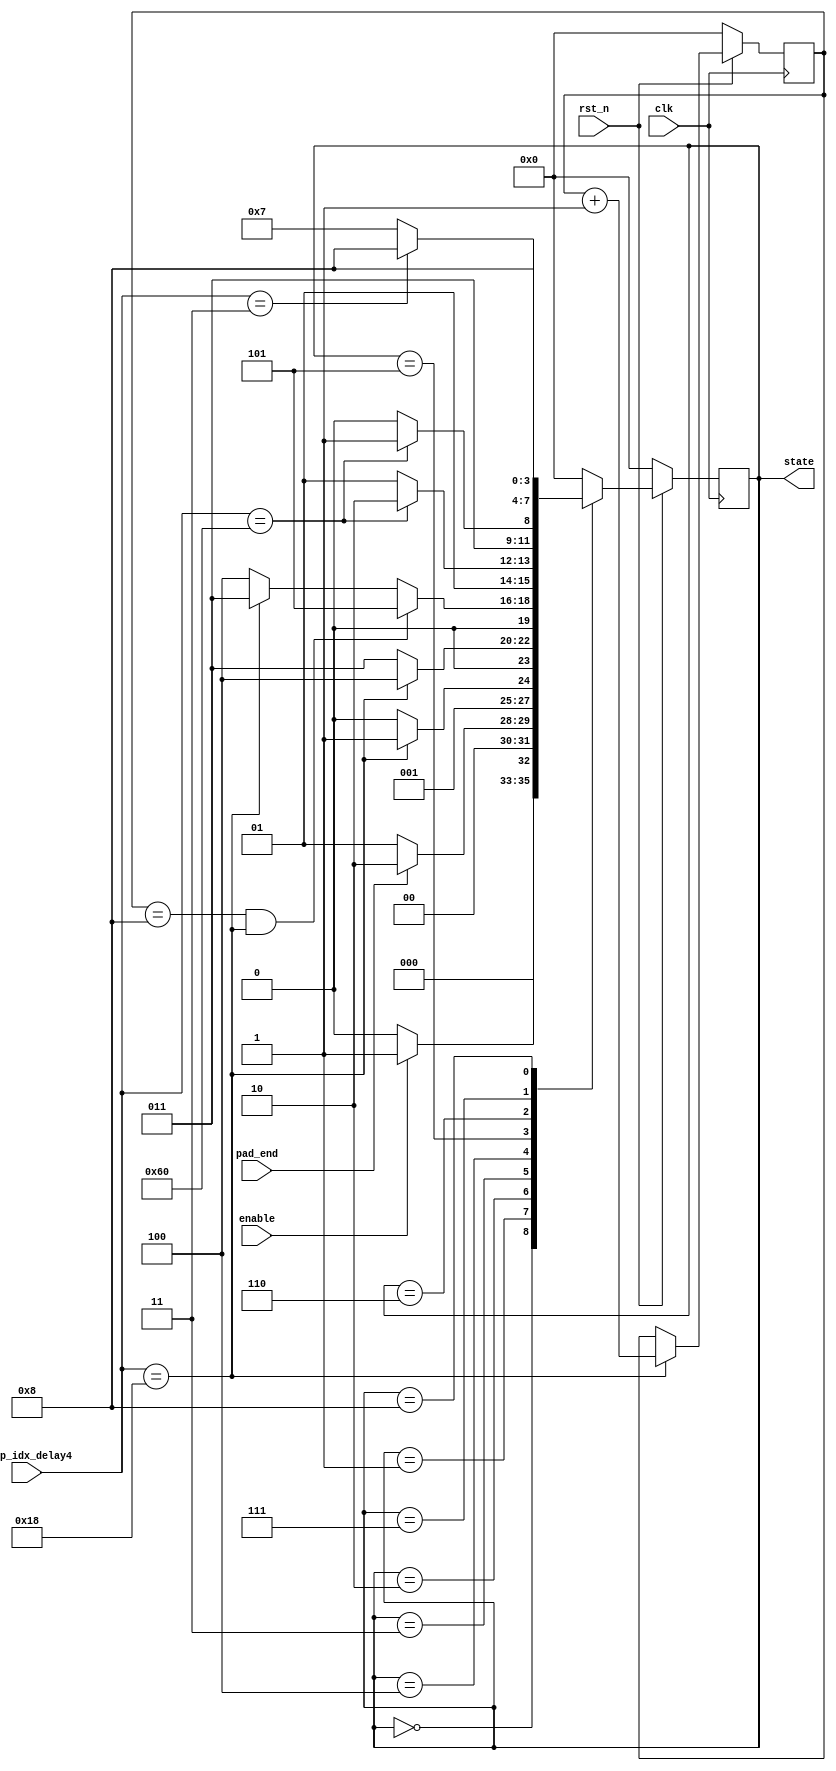
module fsm(
    input clk,
    input rst_n,
    input enable,
    input [6:0] fmap_idx_delay4,
    input pad_end,
    output reg [3:0] state
);

parameter IDLE = 0, PADDING = 1, CONV1 = 2, RES_1 = 3, RES_2 = 4, UP_1 = 5, UP_2 = 6, CONV2 = 7, FINISH = 8;

reg [3:0] n_state;
reg [3:0] res_count, temp_res_count;

always @*  begin
    case(state)
        IDLE:   n_state = (enable==1)? PADDING : IDLE;
        PADDING:n_state = (pad_end==1)? CONV1 : PADDING;
        CONV1:  n_state = (fmap_idx_delay4==24)? RES_1 : CONV1;
        RES_1:  n_state = (fmap_idx_delay4==24)? RES_2 : RES_1;
        RES_2:  begin
            // if(fmap_idx_delay4==24)
            //     n_state = FINISH;
            // else
            //     n_state = RES_2;
            if(res_count==8 && fmap_idx_delay4==24)  begin
                n_state = UP_1;
            end
            else  if(fmap_idx_delay4==24)  begin
                n_state = RES_1;
            end
            else  begin
                n_state = RES_2;
            end
        end
        UP_1:   n_state = (fmap_idx_delay4==96)? UP_2 : UP_1;
        UP_2:   n_state = (fmap_idx_delay4==96)? CONV2 : UP_2;
        CONV2:  n_state = (fmap_idx_delay4==3)? FINISH : CONV2;
        FINISH: n_state = FINISH;
        default: n_state = IDLE;
    endcase
end

//RESBLOCK count
always@*  begin
    if(fmap_idx_delay4==24)  begin
        temp_res_count = res_count + 1;
    end
    else  begin
        temp_res_count = res_count;
    end
end

always @(posedge clk)  begin
    if(~rst_n)  begin
        state <= IDLE;
        res_count <= 0;
    end
    else  begin
        state <= n_state;
        res_count <= temp_res_count;
    end
end


endmodule